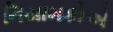
નિયામકોએ